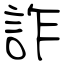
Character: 詐